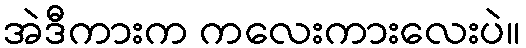
အဲဒီကားက ကလေးကားလေးပဲ။